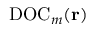
\mathrm { D O C } _ { m } ( { \bf r } )